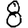
Digit: 8